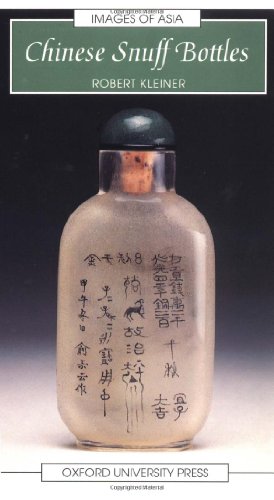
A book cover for Chinese Snuff Bottles (Images of Asia); Robert Kleiner; Crafts, Hobbies & Home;